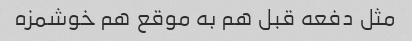
مثل دفعه قبل هم به موقع هم خوشمزه